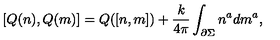
\lbrack Q ( n ) , Q ( m ) ] = Q ( [ n , m ] ) + { \frac k { 4 \pi } } \int _ { { \partial } \Sigma } n ^ { a } d m ^ { a } ,